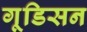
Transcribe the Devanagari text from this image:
गूडिसन